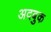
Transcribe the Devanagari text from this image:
अदबुक